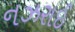
નઝરાઈ